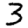
Digit: 3